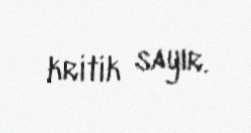
kritik sayır.